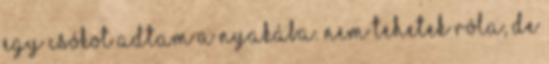
egy csókot adtam a nyakába. Nem tehetek róla, de